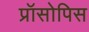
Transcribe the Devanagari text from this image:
प्रॉसोपिस